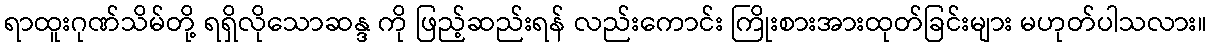
ရာထူးဂုဏ်သိမ်တို့ ရရှိလိုသောဆန္ဒ ကို ဖြည့်ဆည်းရန် လည်းကောင်း ကြိုးစားအားထုတ်ခြင်းများ မဟုတ်ပါသလား။